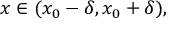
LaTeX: x \in ( x _ { 0 } - \delta , x _ { 0 } + \delta ) ,